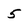
Character: 5